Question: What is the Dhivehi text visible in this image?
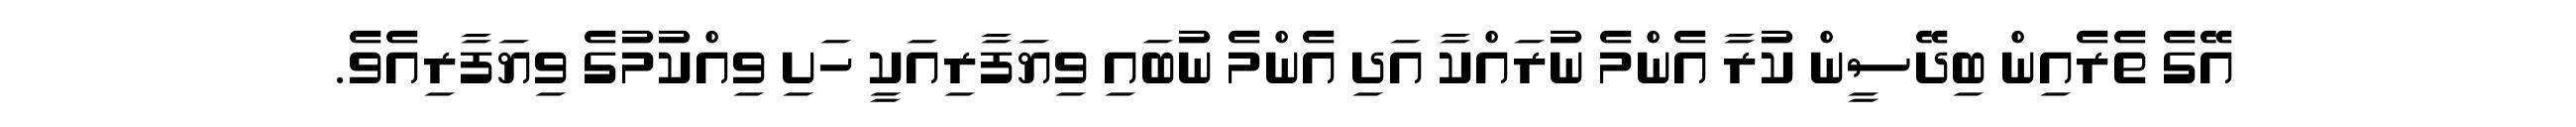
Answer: އޭގެ ތެރެއިން ބިދޭސީން ކުރާ އެންމެ ނުރައްކާ އަދި އެންމެ ނުބައި ވިޔަފާރިއަކީ ހަށި ވިއްކުމުގެ ވިޔަފާރިއެވެ.